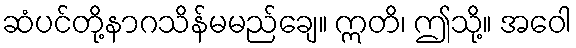
ဆံပင်တို့နာဂသိန်မမည်ချေ။ ဣတိ၊ ဤသို့။ အဝေါ